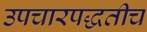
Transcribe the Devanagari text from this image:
उपचारपद्धतीच